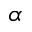
\boldsymbol \alpha